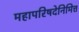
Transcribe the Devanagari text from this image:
महापरिषदेनिमित्त